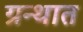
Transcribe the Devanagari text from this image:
ग्रन्थात